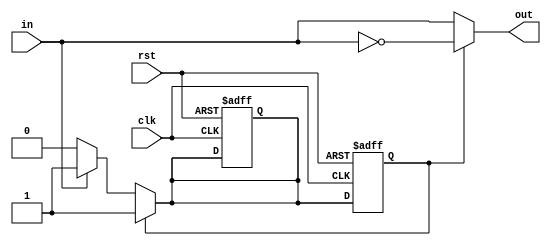
`timescale 1ns / 1ps
//////////////////////////////////////////////////////////////////////////////////
// Assignment no - 5
// Problem no - 2
// Semester - Autumn(2021-2022)
// Group No - 48
// Members - Vinit Raj, Aryan Agarwal
// Company: 
// Engineer:
//
// Design Name: 
// Module Name:    two_comp_fsm 
// Project Name: 
// Target Devices: 
// Tool versions: 
// Description: 
//
// Dependencies: 
//
// Revision: 
// Revision 0.01 - File Created
// Additional Comments:
//
//////////////////////////////////////////////////////////////////////////////////
module two_comp_fsm(in,rst,clk,out);
	input in,rst,clk;
	output reg out;
	
	reg PS,NS; // present state, next state
	parameter s0 = 1'b0, s1 = 1'b1; // state0, state1
	
	// seq part
	always @( posedge clk or posedge rst ) begin
		if(rst)
			begin
				PS <= s0;
				NS <= s0;
			end
		else
			PS <= NS;
	end
	
	// next state calculation
	always @(PS or in)
		begin
			if( PS == s0)
				begin
					if(in == 1'b0)
						NS = s0;
					else // change to s1 if input is 1 and present state is state0
						NS = s1;
				end
			else
				NS = s1;	// remain in s1 if PS is s1
		end
		
	// output calculation
	always @(PS or in)
		begin
			if( PS == s0)
				out = in; // output same as input,
			else
				out = ~in; // output inverse of input,
		end
	
	// printing variables
	always @(*) begin
		$display("time =  %0t, clk = %b, rst = %b, in = %b, PS = %b,  NS = %b, out = %b", $time, clk, rst, in, PS, NS, out);
	 end

endmodule